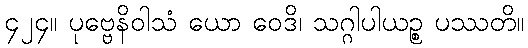
၄၂၄။ ပုဗ္ဗေနိဝါသံ ယော ဝေဒိ၊ သဂ္ဂါပါယဉ္စ ပဿတိ။